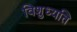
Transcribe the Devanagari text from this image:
विशुध्यति